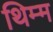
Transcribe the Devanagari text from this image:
थिम्म